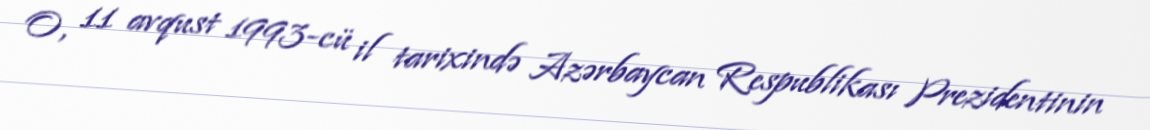
O, 11 avqust 1993-cü il tarixində Azərbaycan Respublikası Prezidentinin